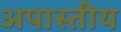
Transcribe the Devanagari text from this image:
अपास्तीय